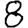
Digit: 8